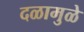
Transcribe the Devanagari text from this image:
दळामुळे